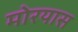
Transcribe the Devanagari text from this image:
मोरयास